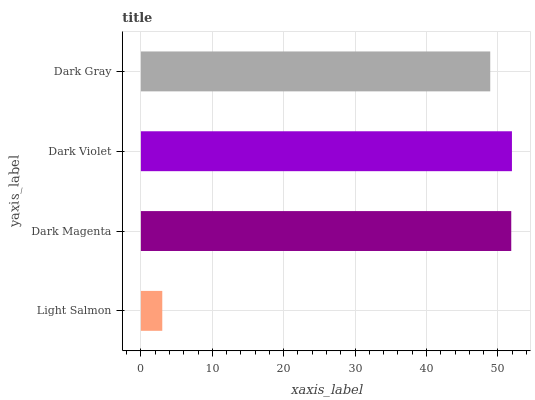
| yaxis_label | bars |
 | --- | --- |
 | Light Salmon | 2.99 |
 | Dark Magenta | 51.9 |
 | Dark Violet | 52 |
 | Dark Gray | 48.9 |